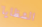
الشظايا